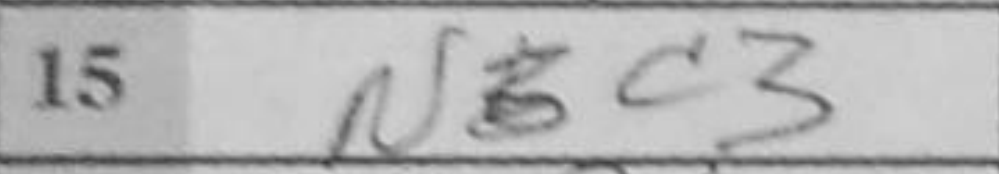
Transcription: Nc3